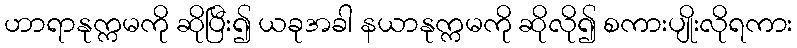
ဟာရာနုက္ကမကို ဆိုပြီး၍ ယခုအခါ နယာနုက္ကမကို ဆိုလို၍ စကားပျိုးလိုရကား